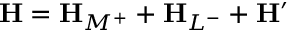
\mathbf { H } = \mathbf { H } _ { M ^ { + } } + \mathbf { H } _ { L ^ { - } } + \mathbf { H } ^ { \prime }